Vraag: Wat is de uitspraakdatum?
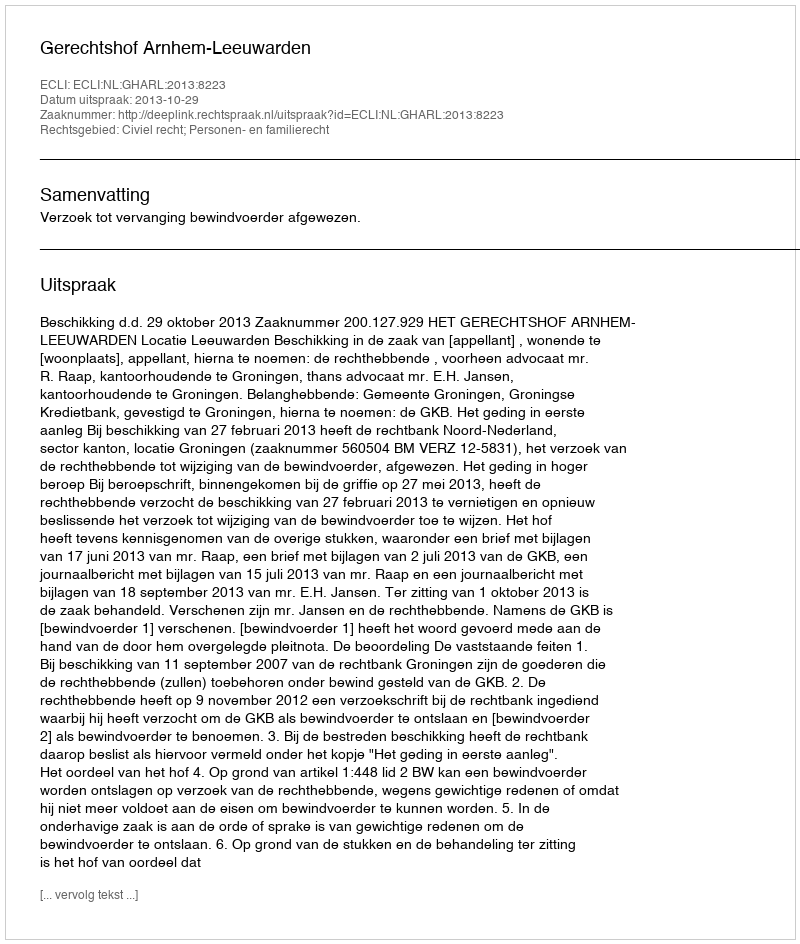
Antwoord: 2013-10-29